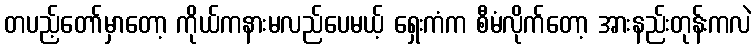
တပည့်တော်မှာတော့ ကိုယ်ကနားမလည်ပေမယ့် ရှေးကံက စီမံလိုက်တော့ အားနည်းတုန်းကလဲ